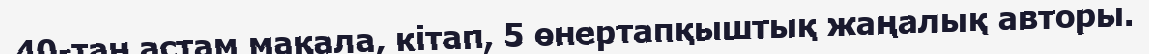
40-тан астам мақала, кітап, 5 өнертапқыштық жаңалық авторы.